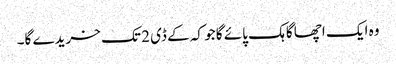
وہ ایک اچھا گاہک پائے گا جو کہ کے ڈی 2 تک خریدے گا۔